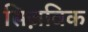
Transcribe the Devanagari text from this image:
सिज़विक